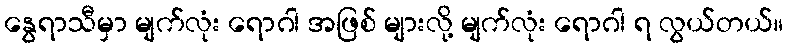
နွေရာသီမှာ မျက်လုံး ရောဂါ အဖြစ် များလို့ မျက်လုံး ရောဂါ ရ လွယ်တယ်။